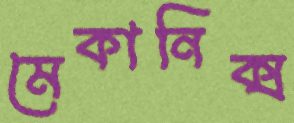
মেকানিক্স